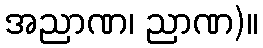
အညာဏ၊ ညာဏ)။